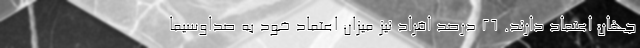
جهان اعتماد دارند. ۲۶ درصد افراد نیز میزان اعتماد خود به صداوسیما